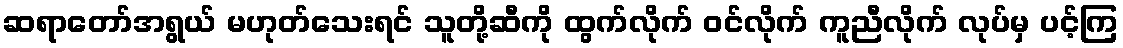
ဆရာတော်အရွယ် မဟုတ်သေးရင် သူတို့ဆီကို ထွက်လိုက် ဝင်လိုက် ကူညီလိုက် လုပ်မှ ပင့်ကြ